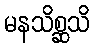
မနသိစ္ဆသိ